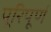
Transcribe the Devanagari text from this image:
पूरिपूर्ण